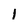
Character: 1